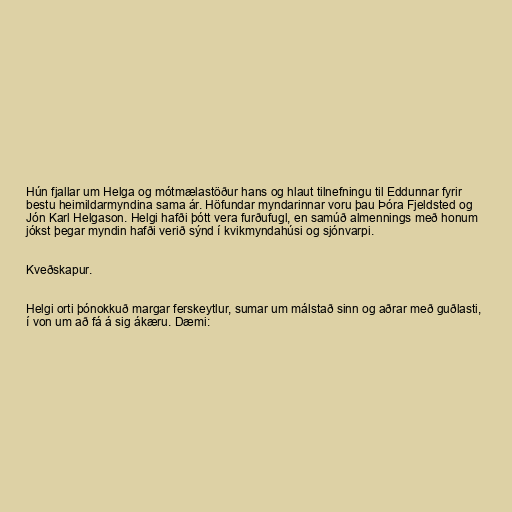
Hún fjallar um Helga og mótmælastöður hans og hlaut tilnefningu til Eddunnar fyrir
bestu heimildarmyndina sama ár. Höfundar myndarinnar voru þau Þóra Fjeldsted og
Jón Karl Helgason. Helgi hafði þótt vera furðufugl, en samúð almennings með honum
jókst þegar myndin hafði verið sýnd í kvikmyndahúsi og sjónvarpi.

Kveðskapur.

Helgi orti þónokkuð margar ferskeytlur, sumar um málstað sinn og aðrar með guðlasti,
í von um að fá á sig ákæru. Dæmi: